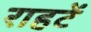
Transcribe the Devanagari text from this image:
राहटें